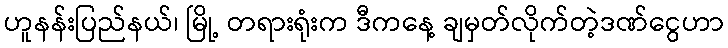
ဟူနန်းပြည်နယ်၊ မြို့ တရားရုံးက ဒီကနေ့ ချမှတ်လိုက်တဲ့ဒဏ်ငွေဟာ